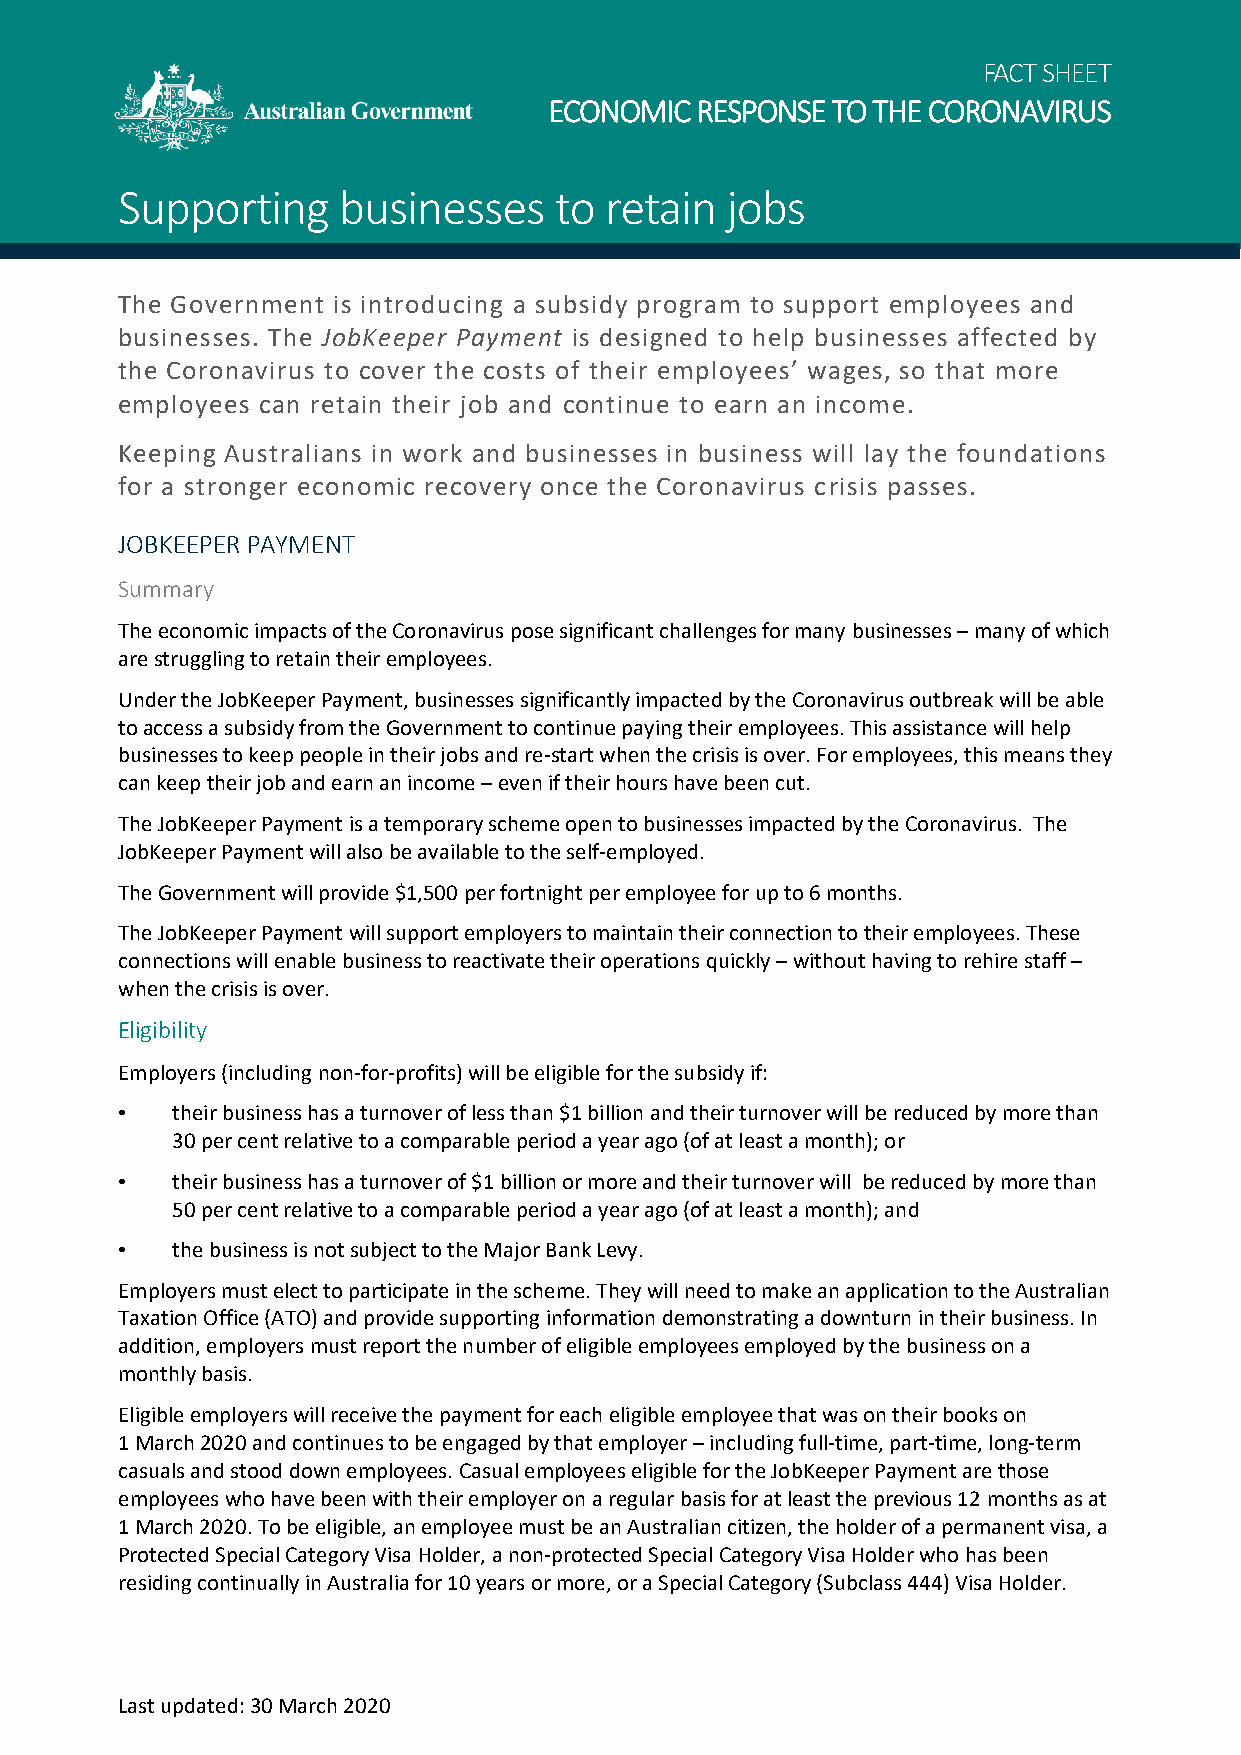
FACT SHEET
 ECONOMIC  RESPONSE TO THE CORONAVIRUS
 Supporting    businesses     to retain  jobs
 The Government is introducing a subsidy program to support employees and
 businesses. The JobKeeper Payment is designed to help businesses affected by
 the Coronavirus to cover the costs of their employees’ wages, so that more
 employees can retain their job and continue to earn an income.
 Keeping Australians in work and businesses in business will lay the foundations
 for a stronger economic recovery once the Coronavirus crisis passes.
 JOBKEEPER PAYMENT
 Summary
 The economic impacts of the Coronavirus pose significant challenges for many businesses – many of which
 are struggling to retain their employees.
 Under the JobKeeper Payment, businesses significantly impacted by the Coronavirus outbreak will be able
 to access a subsidy from the Government to continue paying their employees. This assistance will help
 businesses to keep people in their jobs and re-start when the crisis is over. For employees, this means they
 can keep their job and earn an income – even if their hours have been cut.
 The JobKeeper Payment is a temporary scheme open to businesses impacted by the Coronavirus. The
 JobKeeper Payment will also be available to the self-employed.
 The Government will provide $1,500 per fortnight per employee for up to 6 months.
 The JobKeeper Payment will support employers to maintain their connection to their employees. These
 connections will enable business to reactivate their operations quickly – without having to rehire staff –
 when the crisis is over.
 Eligibility
 Employers (including non-for-profits) will be eligible for the subsidy if:
 •  their business has a turnover of less than $1 billion and their turnover will be reduced by more than
 30 per cent relative to a comparable period a year ago (of at least a month); or
 •  their business has a turnover of $1 billion or more and their turnover will be reduced by more than
 50 per cent relative to a comparable period a year ago (of at least a month); and
 •  the business is not subject to the Major Bank Levy.
 Employers must elect to participate in the scheme. They will need to make an application to the Australian
 Taxation Office (ATO) and provide supporting information demonstrating a downturn in their business. In
 addition, employers must report the number of eligible employees employed by the business on a
 monthly basis.
 Eligible employers will receive the payment for each eligible employee that was on their books on
 1 March 2020 and continues to be engaged by that employer – including full-time, part-time, long-term
 casuals and stood down employees. Casual employees eligible for the JobKeeper Payment are those
 employees who have been with their employer on a regular basis for at least the previous 12 months as at
 1 March 2020. To be eligible, an employee must be an Australian citizen, the holder of a permanent visa, a
 Protected Special Category Visa Holder, a non-protected Special Category Visa Holder who has been
 residing continually in Australia for 10 years or more, or a Special Category (Subclass 444) Visa Holder.
 Last updated: 30 March 2020